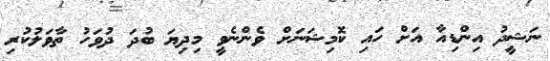
ނަޝީދު އިންޑިއާ އަށް ހައި ކޮމިޝަނަށް ވެންނެވީ މިދިޔަ ބުދަ ދުވަހު ތާވަލުކުރި